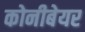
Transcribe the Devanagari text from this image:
कोनीबेयर